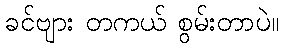
ခင်ဗျား တကယ် စွမ်းတာပဲ။